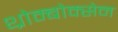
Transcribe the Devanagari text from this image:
थ्रोम्बोक्सेन